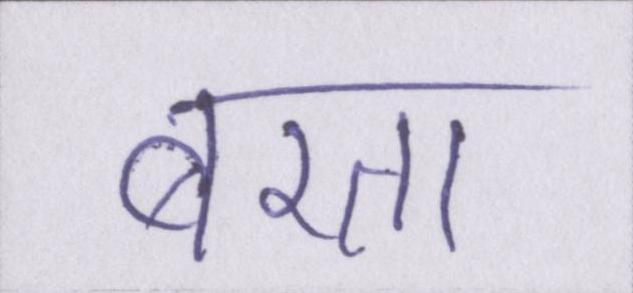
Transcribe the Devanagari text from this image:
बरता